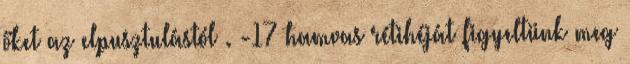
őket az elpusztulástól . -17 hamvas rétihéját figyeltünk meg